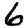
Digit: 6